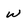
Character: W